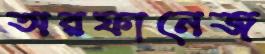
অরফানেজ